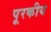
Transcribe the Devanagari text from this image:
पूरकीय